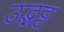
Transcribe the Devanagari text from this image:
उद्भट्ट